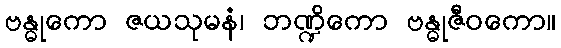
ဗန္ဓုကော ဇယသုမနံ၊ ဘဏ္ဍိကော ဗန္ဓုဇီဝကော။